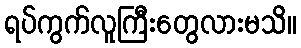
ရပ်ကွက်လူကြီးတွေလားမသိ။